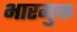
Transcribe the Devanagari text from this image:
भारमुक्त